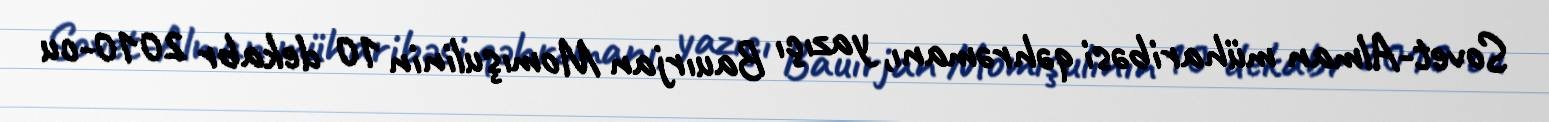
Sovet-Alman müharibəsi qəhrəmanı, yazıçı Bauırjan Momışulinin 10 dekabr 2010-cu